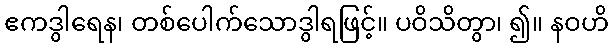
ဧကဒွါရေန၊ တစ်ပေါက်သောဒွါရဖြင့်။ ပဝိသိတွာ၊ ၍။ နဝဟိ